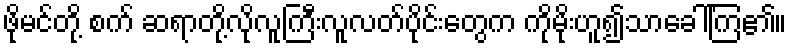
ဖိုမင်တို့ စက် ဆရာတို့လိုလူကြီးလူလတ်ပိုင်းတွေက ကိုမိုးဟူ၍သာခေါ်ကြ၏။